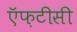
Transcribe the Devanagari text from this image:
ऍफ़टीसी